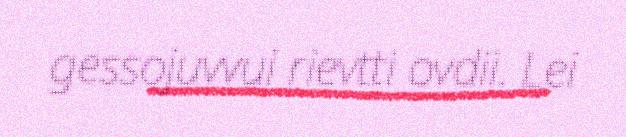
gessojuvvui rievtti ovdii. Lei